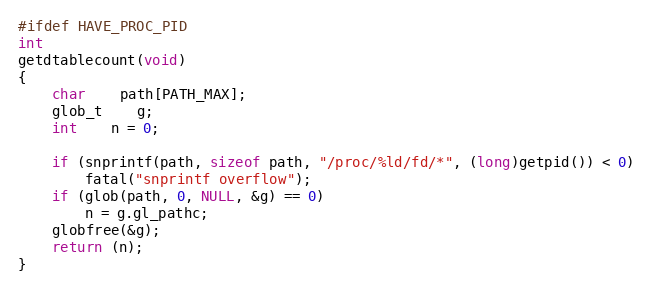
Language: C
#ifdef HAVE_PROC_PID
int
getdtablecount(void)
{
	char	path[PATH_MAX];
	glob_t	g;
	int	n = 0;

	if (snprintf(path, sizeof path, "/proc/%ld/fd/*", (long)getpid()) < 0)
		fatal("snprintf overflow");
	if (glob(path, 0, NULL, &g) == 0)
		n = g.gl_pathc;
	globfree(&g);
	return (n);
}